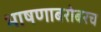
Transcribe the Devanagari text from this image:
भाषणाबरोबरच